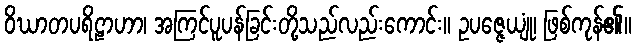
ဝိဃာတပရိဠာဟာ၊ အကြင်ပူပန်ခြင်းတို့သည်လည်းကောင်း။ ဥပဇ္ဇေယျုံ၊ ဖြစ်ကုန်၏။